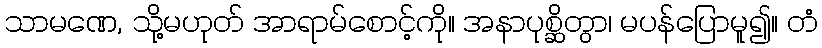
သာမဏေ, သို့မဟုတ် အာရာမ်စောင့်ကို။ အနာပုစ္ဆိတွာ၊ မပန်ပြောမူ၍။ တံ